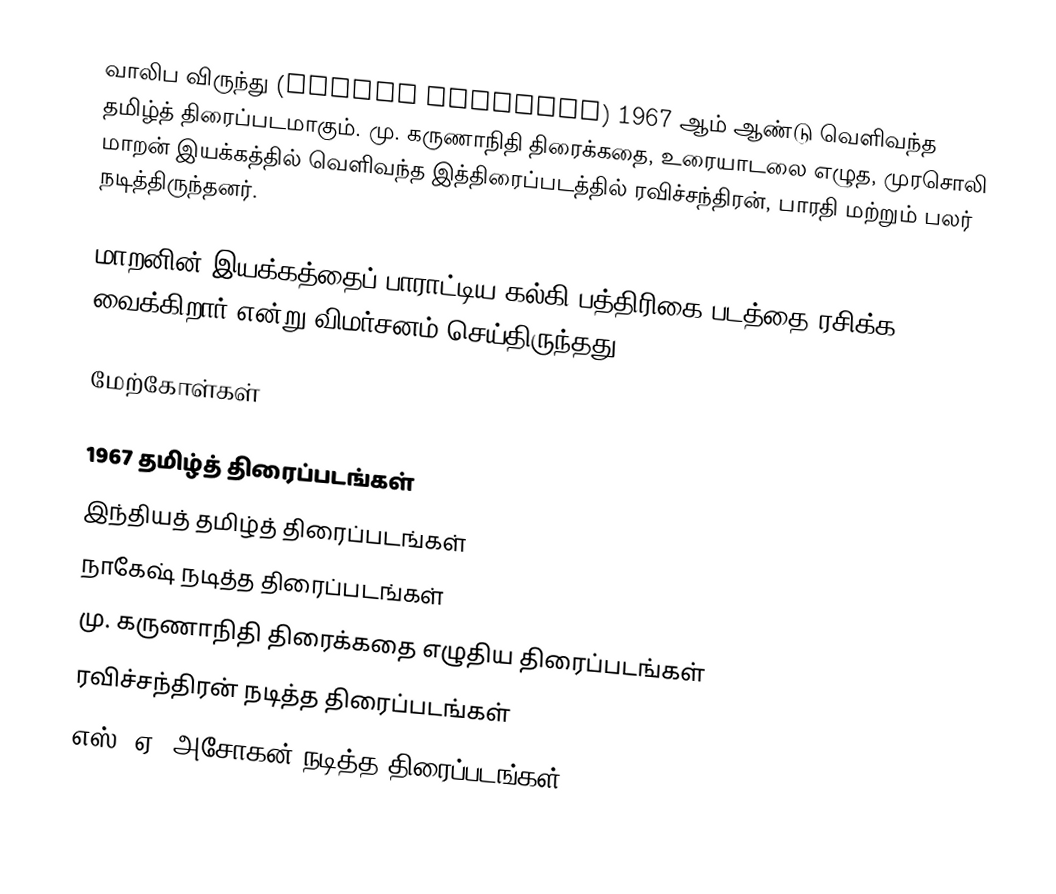
வாலிப விருந்து (Valiba Virundhu) 1967 ஆம் ஆண்டு வெளிவந்த தமிழ்த் திரைப்படமாகும்.  மு. கருணாநிதி திரைக்கதை, உரையாடலை  எழுத,  முரசொலி மாறன் இயக்கத்தில் வெளிவந்த இத்திரைப்படத்தில் ரவிச்சந்திரன், பாரதி மற்றும் பலர் நடித்திருந்தனர்.

மாறனின் இயக்கத்தைப் பாராட்டிய கல்கி பத்திரிகை படத்தை ரசிக்க வைக்கிறார் என்று விமர்சனம் செய்திருந்தது.

மேற்கோள்கள்

1967 தமிழ்த் திரைப்படங்கள்
இந்தியத் தமிழ்த் திரைப்படங்கள்
நாகேஷ் நடித்த திரைப்படங்கள்
மு. கருணாநிதி திரைக்கதை எழுதிய திரைப்படங்கள்
ரவிச்சந்திரன் நடித்த திரைப்படங்கள்
எஸ். ஏ. அசோகன் நடித்த திரைப்படங்கள்